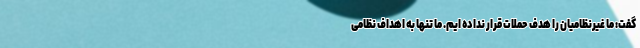
گفت: ما غیرنظامیان را هدف حملات قرار نداده ایم. ما تنها به اهداف نظامی